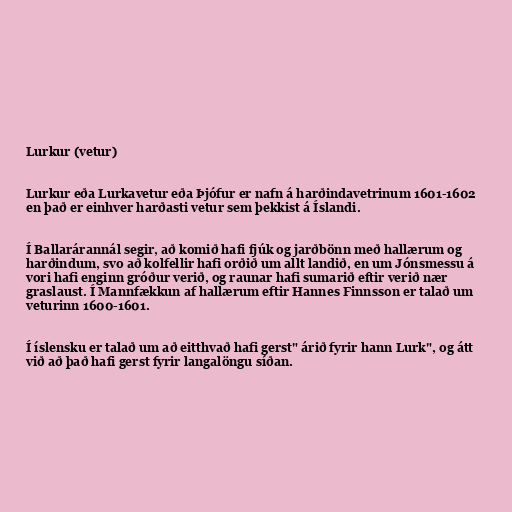
Lurkur (vetur)

Lurkur eða Lurkavetur eða Þjófur er nafn á harðindavetrinum 1601-1602
en það er einhver harðasti vetur sem þekkist á Íslandi.

Í Ballarárannál segir, að komið hafi fjúk og jarðbönn með hallærum og
harðindum, svo að kolfellir hafi orðið um allt landið, en um Jónsmessu á
vori hafi enginn gróður verið, og raunar hafi sumarið eftir verið nær
graslaust. Í Mannfækkun af hallærum eftir Hannes Finnsson er talað um
veturinn 1600-1601.

Í íslensku er talað um að eitthvað hafi gerst" árið fyrir hann Lurk", og átt
við að það hafi gerst fyrir langalöngu síðan.